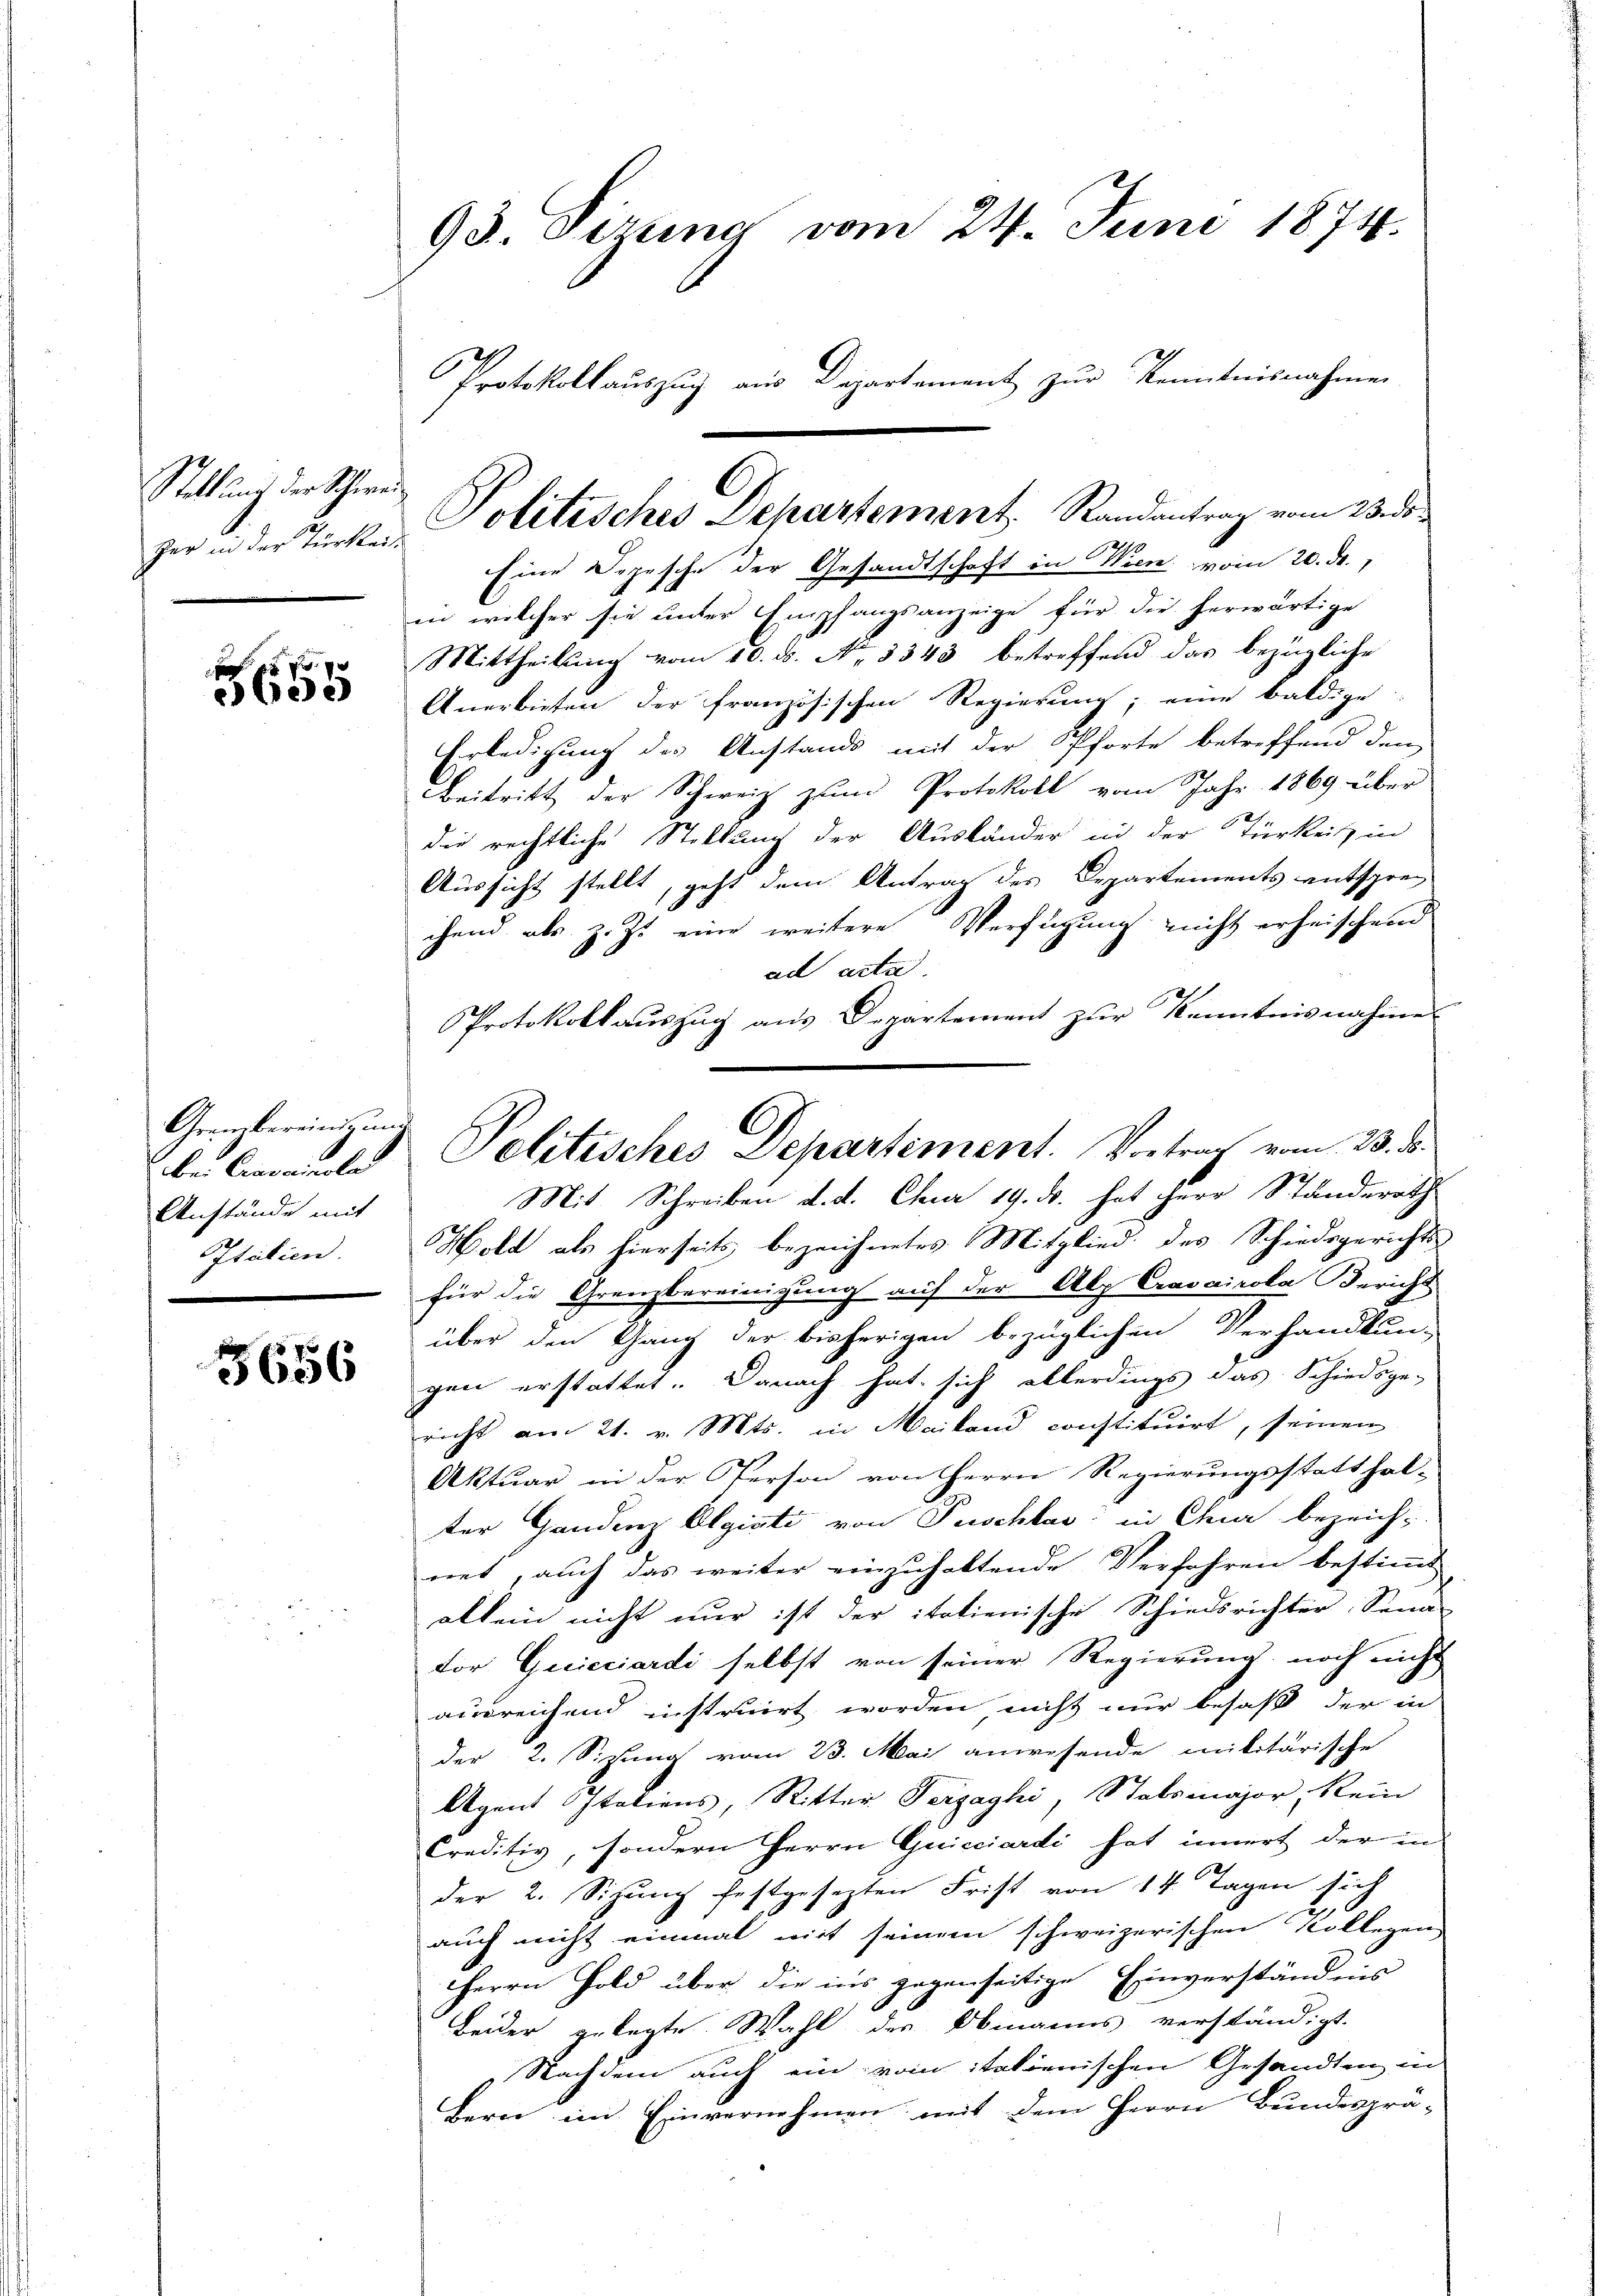
Stellung der Schweizer in der Türkei

6 xx
e

Grembereinds- und
bei Carrainole
Anstände mit
Italien.

3656

93. Sizung vom 24. Juni 1874.
Protokollaŭszŭg aŭs Departement zŭr Kenntnisnahmen

C
Politisches Departement. Randantrag vom 25. ds

Eine Depesche der Gesandtschaft in Wien vom 20. Fr.,
in welcher sie unter Empfangsanzeige für die herwärtige
Mittheilung vom 10. ds. No. 3343 betreffend das bezügliche
Anerbieten der französischen Regierung; eine baldige
Erledigung des Anstands mit der Pforte betreffend dem
Beitritt der Schweiz zum Protokoll vom Jahr 1869 über
die rechtliche Stellung der Ausländer in der Türkeit in
Aussicht stellt, geht dem Antrag des Departements entsprechem als z. Z. eine weitere Verfügung nicht erheischend
ad acta.
Protokollaŭszŭg ans Departement zŭr Kenntnisnahmes
Mit Schreiben d. d. Chur 19. ds. hat Herr Standerath
Holt als hierseits bezeichnetes Mitglied des Schiedsgerichts
für die Grenzbereinigung auf der Alp Cravairola Bericht
über den Gang der bisherigen bezüglichen Verhandlung
gen erstattet. Danach hat sich allerdings das Schiedsge-
richt am 21. v. Mts. in Mailand constituirt, seinen
Aktuar in der Person von Herrn Regierungsstatthal-
ter Handenz Algiati von Puschlas in Chier bezeichnet, auch das weiter einzuhaltende Verfahren bestimmt
allein nicht nur ist der itatienische Schiedsrichter Sena
For Quicciardi selbst von seiner Regierung noch nicht
ausreichend instruirt worden nicht nur besaß, der in
der 2. Sizung vom 23. Mai anwesende militärische
Agent Italiens, Ritter Terzaghi, Stabsmajor, Rein
Creditiv, sondern Herrn Quicciardi hat innert der in
der 2. Sitzung festgesezten Frist von 14 Tagen sich
auch nicht einmal wirt seinem schweizerischen Kollegen
Herrn Fold über die ins gegenseitige Einverständnis
Beider gelegte Wahl des Obmanns verständigt.
Nachdem auch ein vom italienischen Gesandten in
Bern im Einvernehmen mit dem Herrn Bundesprä-

Politisches Departement. Vortrag vom 23. d.